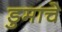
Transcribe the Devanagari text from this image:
डुमाचे